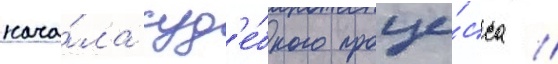
нача́ла суд'е́бного проце́сса //